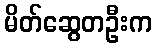
မိတ်ဆွေတဦးက